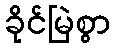
ခိုင်မြဲစွာ